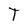
Character: T